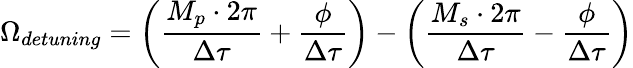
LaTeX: \Omega_{detuning}=\left(\frac{M_{p}\cdot 2\pi}{\Delta\tau}+\frac{\phi}{\Delta\tau}\right)-\left(\frac{M_{s}\cdot 2\pi}{\Delta\tau}-\frac{\phi}{\Delta\tau}\right)